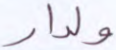
ولدار